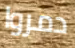
دمروا